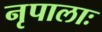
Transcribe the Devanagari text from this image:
नृपालाः